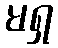
မရှ